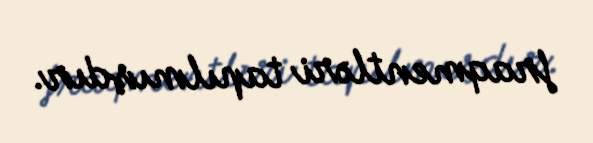
fraqmentləri tapılmışdır.